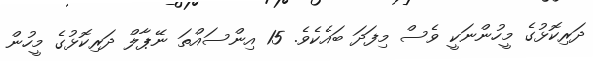
ދަރިކޮޅުގެ މީހުންނަކީ ވެސް މިފަދަ ބައެކެވެ. 15 އިންސައްތަ ނޭޕާލް ދަރިކޮޅުގެ މީހުން